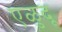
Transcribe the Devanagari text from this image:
एळुदू